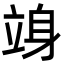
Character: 竧